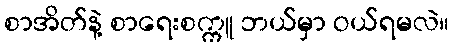
စာအိတ်နဲ့ စာရေးစက္ကူ ဘယ်မှာ ဝယ်ရမလဲ။